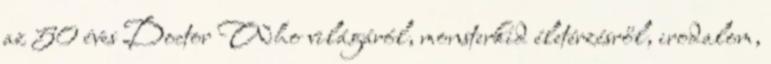
az 50 éves Doctor Who világáról, monsterkid életérzésről, irodalom,